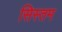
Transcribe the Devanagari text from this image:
सिस्तम